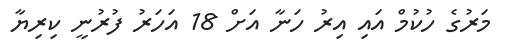
މަރުގެ ހުކުމް އައި އިރު ހަނާ އަށް 18 އަހަރު ފުރުނީ ކިރިޔާ